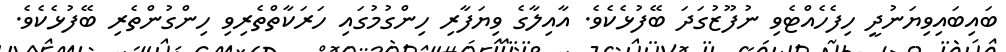
ބައިބައިވިޔަނުދީ ހިފެހެއްޓެވި ނުފޫޒުގަދަ ބޭފުޅެކެވެ. އާއިލާގެ ވިޔަފާރި ހިންގުމުގައި ހަރަކާތްތެރިވި ހިންގުންތެރި ބޭފުޅެކެވެ.